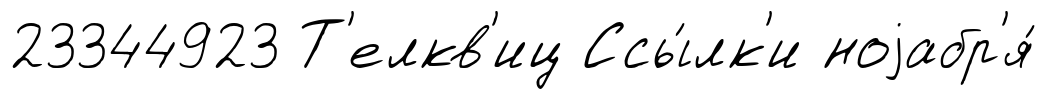
23344923 Т'елкв'иц Ссы́лк'и ноjабр'я́